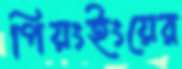
পিয়ংইংয়ের